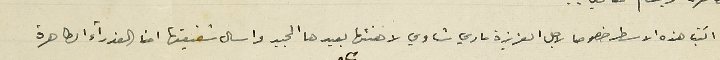
اكتب هذه الاسطر خصوصا لاجل العزيزة ماري شاوي لاهنئها بعيدها المجيد واسال شفيعتها امنا العذراء الطاهرة